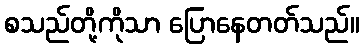
စသည်တို့ကိုသာ ပြောနေတတ်သည်။